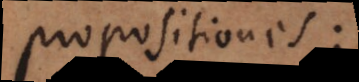
propositiones: